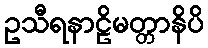
ဥသီရနာဠိမတ္တာနိပိ